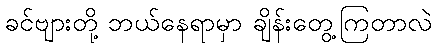
ခင်ဗျားတို့ ဘယ်နေရာမှာ ချိန်းတွေ့ကြတာလဲ